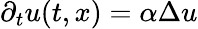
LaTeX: \partial_{t}u(t,x)=\alpha\Delta u